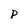
Character: P